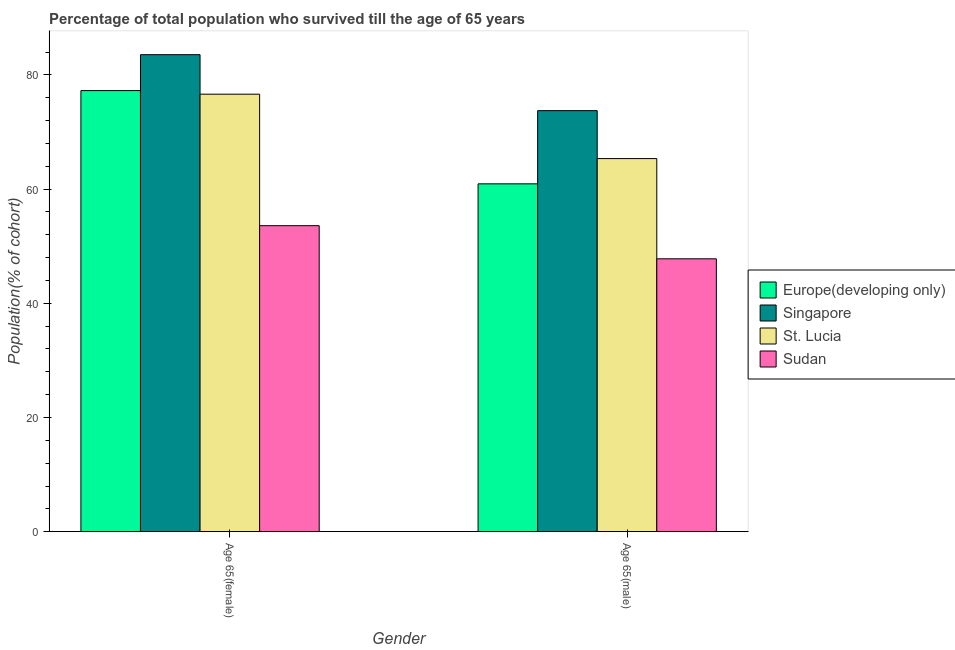
| Gender | Europe(developing only) | Singapore | St. Lucia | Sudan |
 | --- | --- | --- | --- | --- |
 | Age 65(female) | 77.3 | 83.5 | 76.6 | 53.6 |
 | Age 65(male) | 60.9 | 73.7 | 65.3 | 47.8 |